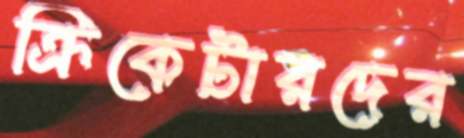
ক্রিকেটারদের